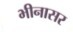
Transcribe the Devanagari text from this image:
भीनासर